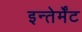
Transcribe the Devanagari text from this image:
इन्तेर्मेंट